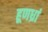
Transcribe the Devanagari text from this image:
हूणध्रां